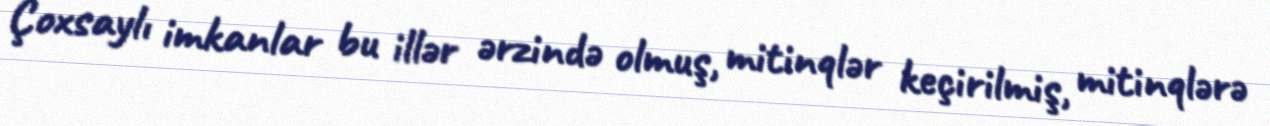
Çoxsaylı imkanlar bu illər ərzində olmuş, mitinqlər keçirilmiş, mitinqlərə